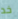
خد